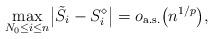
LaTeX: \begin{align*} \max_{N_0 \le i \le n} \bigl|\tilde S_i -S_i^\diamond\bigr| = o_\mathrm{ a.s.}\bigl(n^{1/p}\bigr),\end{align*}